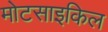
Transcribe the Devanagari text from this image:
मोटसाइकिल